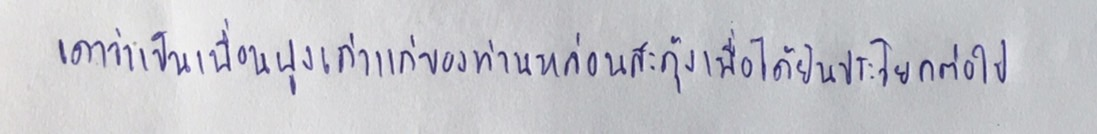
เดาว่าเป็นเพื่อนฝูงเก่าแก่ของท่านหล่อนสะดุ้งเมื่อได้ยินประโยคต่อไป